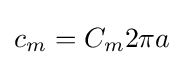
c_{m}=C_{m}2\pi a\